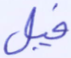
فيل